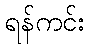
ရန်ကင်း